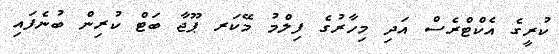
ކުރީގެ އެކްޓްރެސް އަދި މިހާރުގެ ފިލްމު މޭކަރ ޕޫޖާ ބަޓް ކުރިން ބުނެފައި